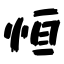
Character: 恒